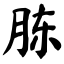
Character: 胨